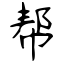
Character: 帮